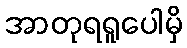
အာတုရရူပေါမှိ